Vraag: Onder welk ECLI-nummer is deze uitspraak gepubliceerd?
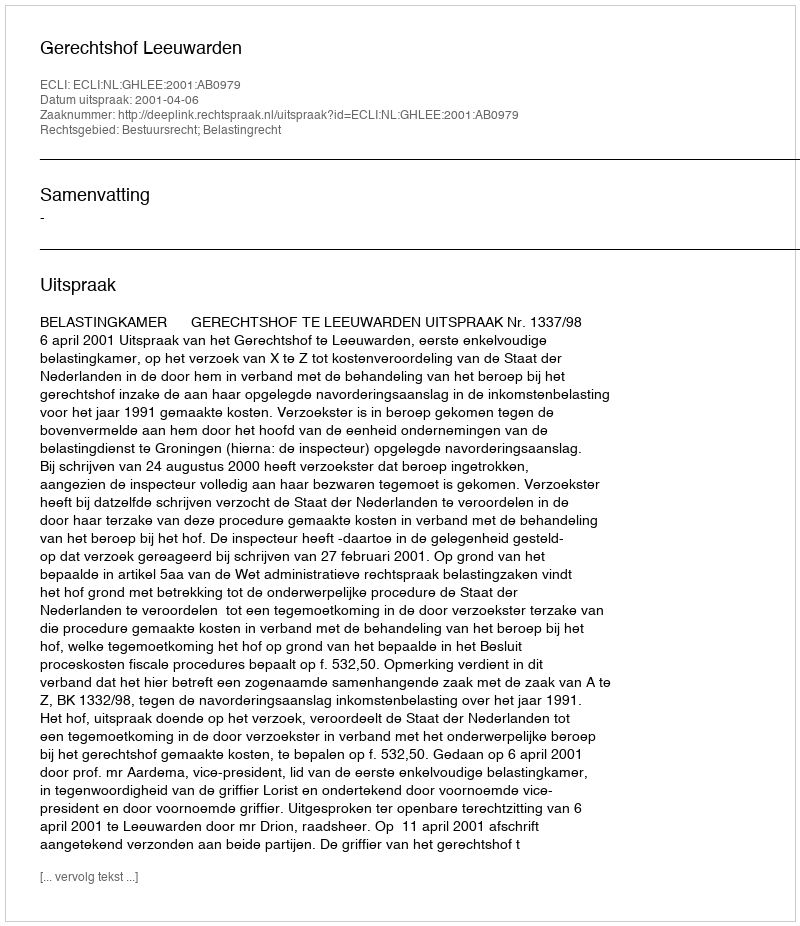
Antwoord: ECLI:NL:GHLEE:2001:AB0979